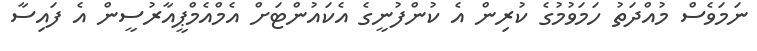
ނަމަވެސް މުއްދަތު ހަމަވުމުގެ ކުރިން އެ ކުންފުނީގެ އެކައުންޓަށް އެމްއެމްޕީއާރުސީން އެ ފައިސާ